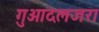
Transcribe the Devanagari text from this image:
गुआदलजरा